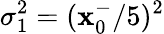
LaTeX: \sigma_{1}^{2}=(\mathbf{x}_{0}^{-}/5)^{2}